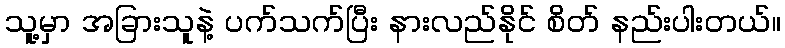
သူ့မှာ အခြားသူနဲ့ ပက်သက်ပြီး နားလည်နိုင် စိတ် နည်းပါးတယ်။